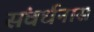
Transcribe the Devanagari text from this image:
संवर्धनास